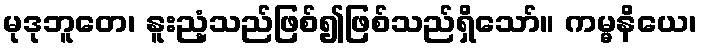
မုဒုဘူတေ၊ နူးညံ့သည်ဖြစ်၍ဖြစ်သည်ရှိသော်။ ကမ္မနိယေ၊